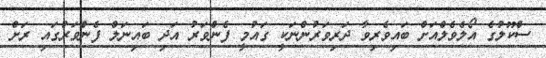
ސްކޫލުގެ އޯލެވެލްއަށް ބައިވެރިވާ ދަރިވަރުންނަކީ ގައުމީ ފެންވަރު އަދި ބައިނަލް ފެންވަރުގައި ރަށް